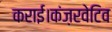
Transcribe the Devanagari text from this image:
कराई।कंज़रवेटिव